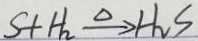
S + H _ { 2 } \xrightarrow { \Delta } H _ { 2 } S